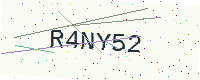
Text: R4NY52